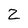
Character: Z